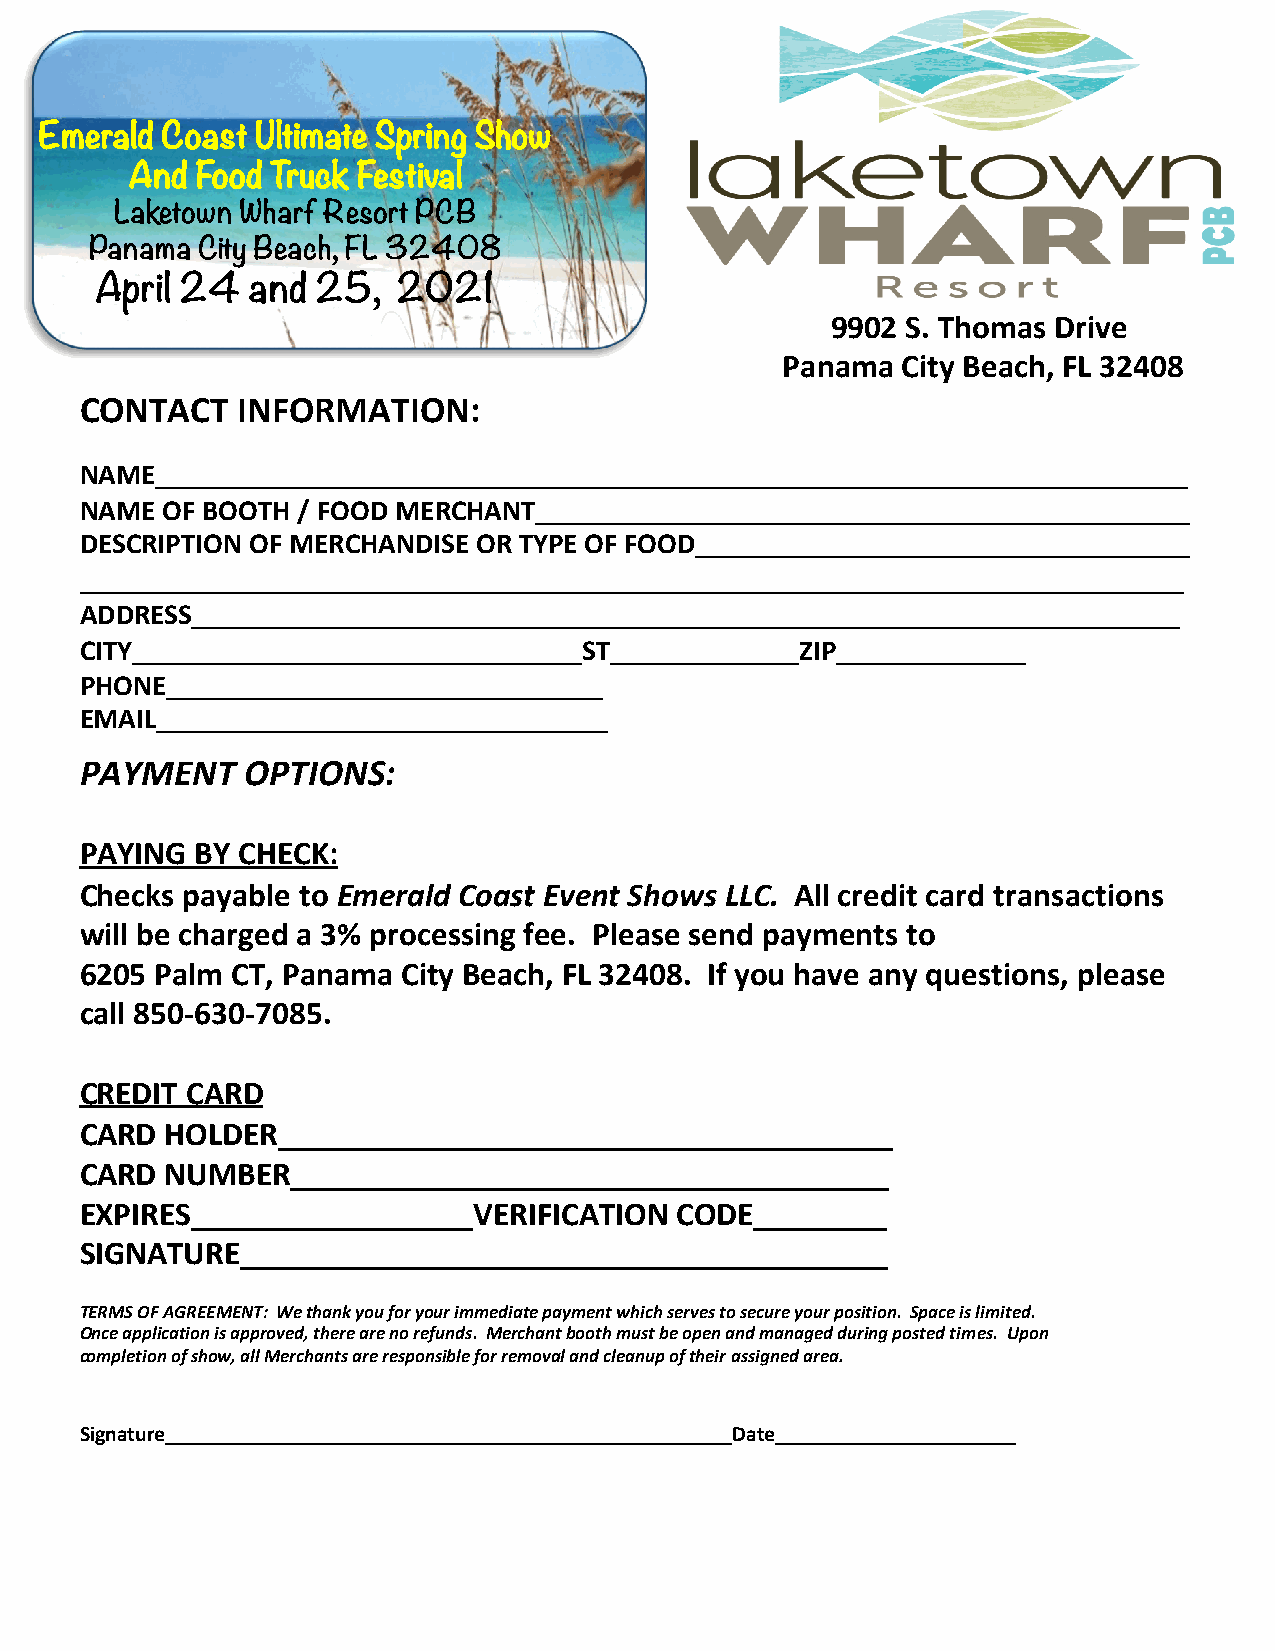
EmEeErmmaeledrra aCllddo CaCsooata sUst lttS iSpmrpainrtigen BgS apBzraainazrga aSrhow
 Panama City Mall
 AnPda Fnoaomd aT rCuictyk MFeasltlival
 March 3-5, 2017
 LakMetoawrnc hW 3ha-r5f R, 2es0or1t7 PCB
 Panama City Beach, FL 32408
 April 24   and 25,  2021
 9902 S. Thomas Drive
 Panama  City Beach, FL 32408
 CONTACT    INFORMATION:
 NAME_______________________________________________________________________
 NAME  OF BOOTH / FOOD MERCHANT_____________________________________________
 DESCRIPTION OF MERCHANDISE OR TYPE OF FOOD__________________________________
 ____________________________________________________________________________
 ADDRESS____________________________________________________________________
 CITY_______________________________ST_____________ZIP_____________
 PHONE______________________________
 EMAIL_______________________________
 PAYMENT    OPTIONS:
 PAYING  BY CHECK:
 Checks payable to Emerald Coast Event Shows LLC. All credit card transactions
 will be charged a 3% processing fee. Please send payments to
 6205 Palm CT, Panama  City Beach, FL 32408. If you have any questions, please
 call 850-630-7085.
 CREDIT CARD
 CARD  HOLDER_____________________________________
 CARD  NUMBER____________________________________
 EXPIRES_________________VERIFICATION    CODE________
 SIGNATURE_______________________________________
 TERMS OF AGREEMENT: We thank you for your immediate payment which serves to secure your position. Space is limited.
 Once application is approved, there are no refunds. Merchant booth must be open and managed during posted times. Upon
 completion of show, all Merchants are responsible for removal and cleanup of their assigned area.
 Signature____________________________________________________Date______________________